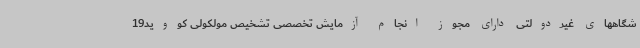
شگاههای غیردولتی دارای مجوز انجام آزمایش تخصصی تشخیص مولکولی کووید19